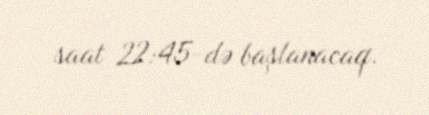
saat 22:45-də başlanacaq.